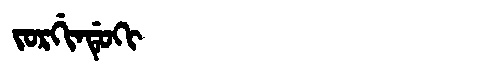
Manchu: ᠵᠣᡵᡤᡳᠨᡩᡠᡴᡳ
Romanization: JORGINDUKI